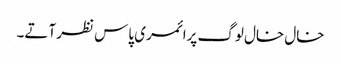
خال خال لوگ پرائمری پاس نظر آتے۔